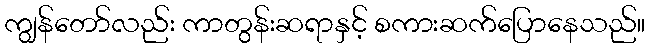
ကျွန်တော်လည်း ကာတွန်းဆရာနှင့် စကားဆက်ပြောနေသည်။